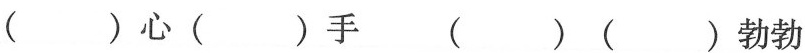
( )心( )手 ( )( )勃勃